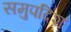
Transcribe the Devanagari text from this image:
समुपदिश